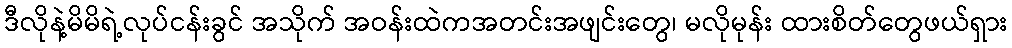
ဒီလိုနဲ့မိမိရဲ့လုပ်ငန်းခွင် အသိုက် အဝန်းထဲကအတင်းအဖျင်းတွေ၊ မလိုမုန်း ထားစိတ်တွေဖယ်ရှား